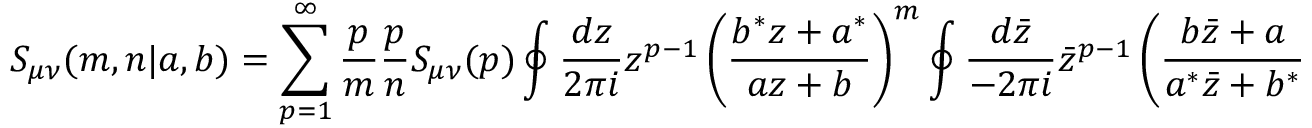
S _ { \mu \nu } ( m , n | a , b ) = \sum _ { p = 1 } ^ { \infty } \frac { p } { m } \frac { p } { n } S _ { \mu \nu } ( p ) \oint \frac { d z } { 2 \pi i } z ^ { p - 1 } \left( \frac { b ^ { * } z + a ^ { * } } { a z + b } \right) ^ { m } \oint \frac { d \bar { z } } { - 2 \pi i } { \bar { z } } ^ { p - 1 } \left( \frac { b \bar { z } + a } { a ^ { * } \bar { z } + b ^ { * } } \right) ^ { n } .